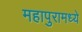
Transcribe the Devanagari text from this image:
महापुरामध्ये